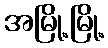
အမြို့မြို့